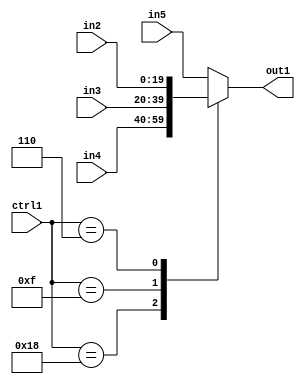
`timescale 1ps / 1ps
/*****************************************************************************
    Verilog RTL Description
    
    
    Created by: Stratus DpOpt 21.05.01 
*******************************************************************************/

module SobelFilter_N_Mux_20_4_6_1 (
	in5,
	in4,
	in3,
	in2,
	ctrl1,
	out1
	); /* architecture "behavioural" */ 
input [19:0] in5,
	in4,
	in3,
	in2;
input [4:0] ctrl1;
output [19:0] out1;
wire [19:0] asc001;

reg [19:0] asc001_tmp_0;
assign asc001 = asc001_tmp_0;
always @ (ctrl1 or in4 or in3 or in2 or in5) begin
	casez (ctrl1)
		5'B11000 : asc001_tmp_0 = in4 ;
		5'B01111 : asc001_tmp_0 = in3 ;
		5'B00110 : asc001_tmp_0 = in2 ;
		default : asc001_tmp_0 = in5 ;
	endcase
end

assign out1 = asc001;
endmodule

/* CADENCE  v7f2Qgo= : u9/ySxbfrwZIxEzHVQQV8Q== ** DO NOT EDIT THIS LINE ******/